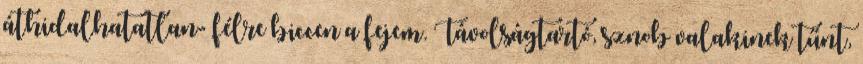
áthidalhatatlan- félre biccen a fejem. Távolságtartó, sznob valakinek tűnt,